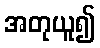
အတုယူ၍